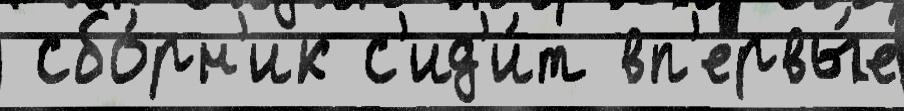
 сбо́рн'ик с'ид'и́т вп'ервы́е